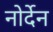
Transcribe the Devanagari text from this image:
नोर्देन